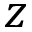
z